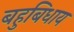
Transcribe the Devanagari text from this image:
बहुबिधाय